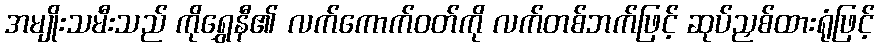
အမျိုးသမီးသည် ကိုရွှေနီ၏ လက်ကောက်ဝတ်ကို လက်တစ်ဘက်ဖြင့် ဆုပ်ညှစ်ထားရုံဖြင့်